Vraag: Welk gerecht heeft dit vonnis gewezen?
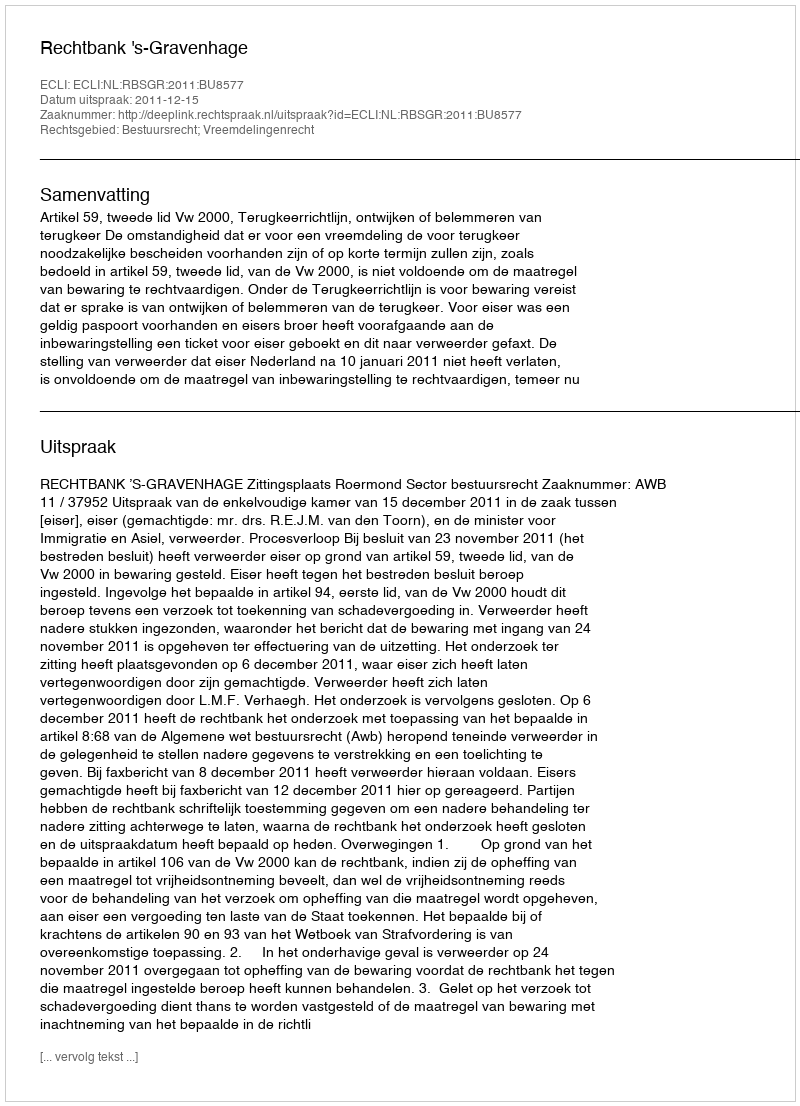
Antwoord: Rechtbank 's-Gravenhage